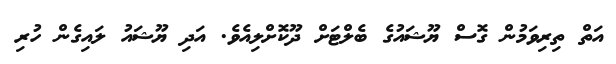
އަތް ތިރިވަމުން ގޮސް ޔޫޝައުގެ ބެލްޓަށް ދޫކޮށްލިއެވެ. އަދި ޔޫޝައު ލައިގެން ހުރި